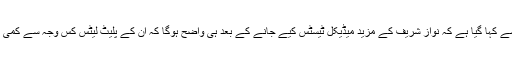
ڈاکٹرز کی جانب سے کہا گیا ہے کہ نواز شریف کے مزید میڈیکل ٹیسٹس کیے جانے کے بعد ہی واضح ہوگا کہ ان کے پلیٹ لیٹس کس وجہ سے کمی کا شکار ہوئے ہیں۔